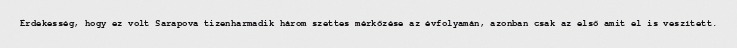
Érdekesség, hogy ez volt Sarapova tizenharmadik három szettes mérkőzése az évfolyamán, azonban csak az első amit el is veszített.